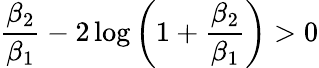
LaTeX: \frac{\beta_{2}}{\beta_{1}}-2\log{\left(1+\frac{\beta_{2}}{\beta_{1}}\right)}>0